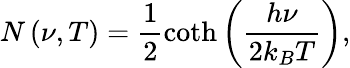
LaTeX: N\left(\nu,T\right)=\frac{1}{2}\coth\left(\frac{h\nu}{2k_{B}T}\right),